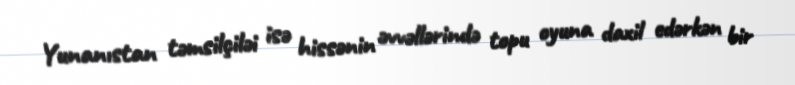
Yunanıstan təmsilçiləi isə hissənin əvvəllərində topu oyuna daxil edərkən bir